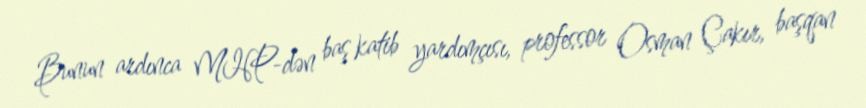
Bunun ardınca MHP-dən baş katib yardımçısı, professor Osman Çakır, başqan